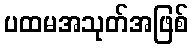
ပထမအသုတ်အဖြစ်